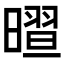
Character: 𣊏